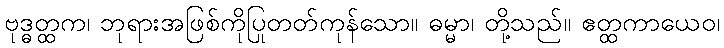
ဗုဒ္ဓတ္ထက၊ ဘုရားအဖြစ်ကိုပြုတတ်ကုန်သော။ ဓမ္မာ၊ တို့သည်။ ဧတ္ထကာယေဝ၊